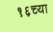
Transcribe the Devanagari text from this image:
१६च्या